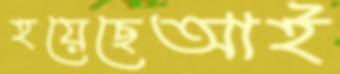
হয়েছেআই